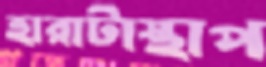
হারাটাস্থাপ